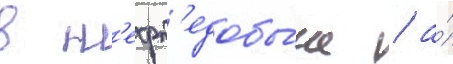
в н'ефт'едобы́че / а́